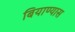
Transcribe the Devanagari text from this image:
बियाण्यास